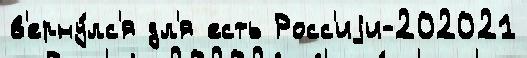
в'ерну́лс'я дл'я есть Росс'иjи-202021